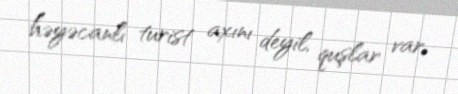
həyəcanlı turist axını deyil, quşlar var.